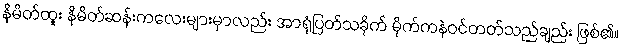
နိမိတ်ထူး နိမိတ်ဆန်းကလေးများမှာလည်း အာရုံပြတ်သခိုက် မိုက်ကနဲဝင်တတ်သည်ချည်း ဖြစ်၏။